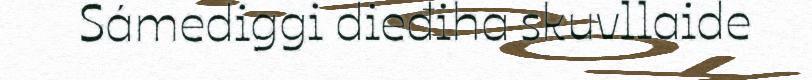
Sámediggi dieđiha skuvllaide